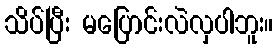
သိပ်ပြီး မပြောင်းလဲလှပါဘူး။